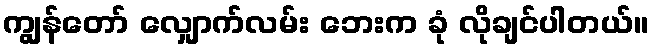
ကျွန်တော် လျှောက်လမ်း ဘေးက ခုံ လိုချင်ပါတယ်။